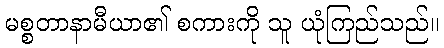
မစ္စတာနာမီယာ၏ စကားကို သူ ယုံကြည်သည်။